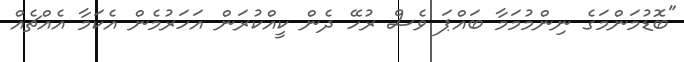
"ބޮޑުމަންމަގެ ނިންމުމަމާ ބައްޕަ ވެސް ރުހޭ ދެން ކީއްކުރަން އަހަރުމެން އެކަމާ އެއްޗެއް